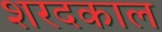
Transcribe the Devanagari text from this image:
शरदकाल